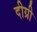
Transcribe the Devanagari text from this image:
दीग्री